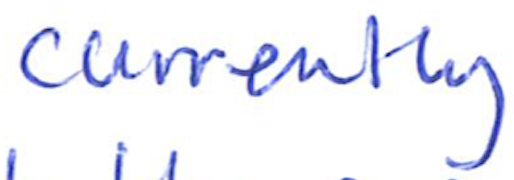
Text: currently
Cross-out: clean
Writing tool: ballpoint